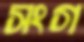
সংগ